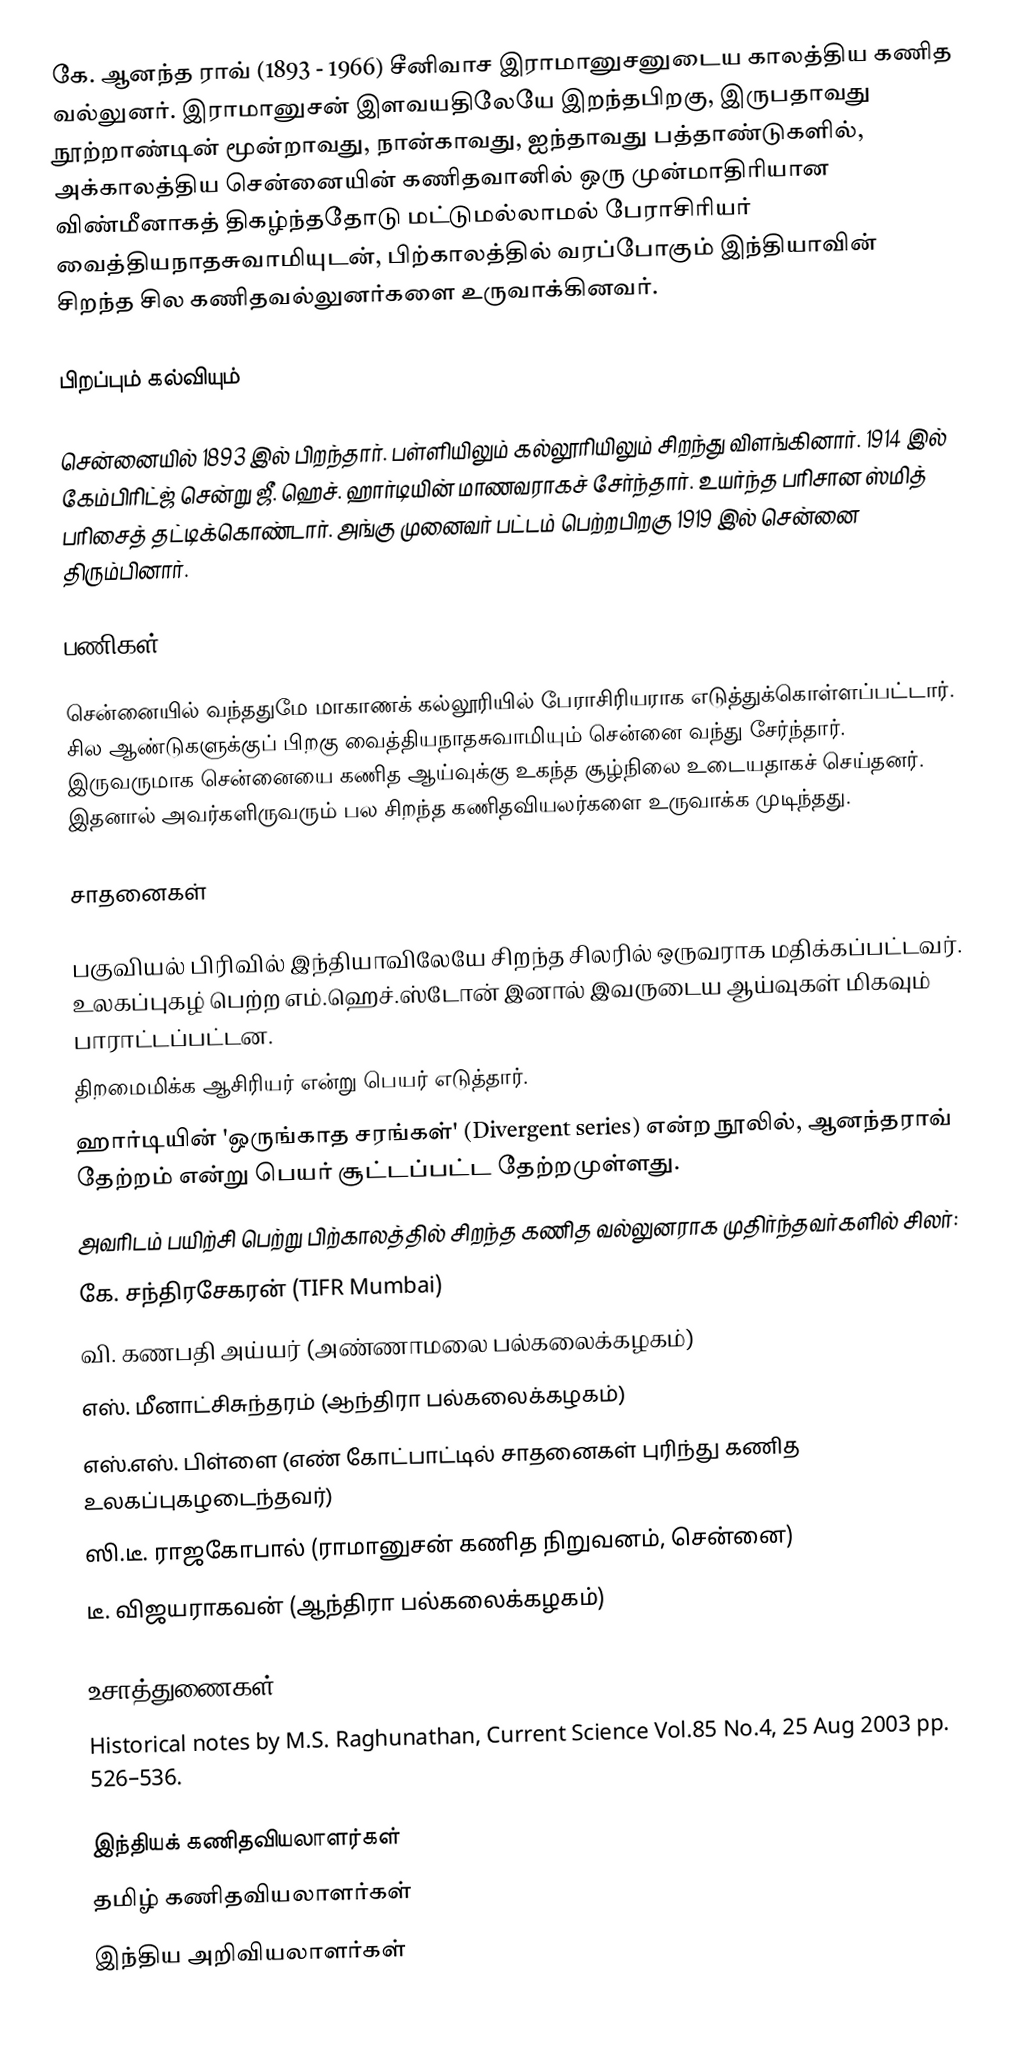
கே. ஆனந்த ராவ் (1893 - 1966) சீனிவாச இராமானுசனுடைய காலத்திய கணித வல்லுனர். இராமானுசன் இளவயதிலேயே இறந்தபிறகு, இருபதாவது நூற்றாண்டின் மூன்றாவது, நான்காவது, ஐந்தாவது பத்தாண்டுகளில்,  அக்காலத்திய சென்னையின் கணிதவானில் ஒரு முன்மாதிரியான விண்மீனாகத் திகழ்ந்ததோடு மட்டுமல்லாமல் பேராசிரியர் வைத்தியநாதசுவாமியுடன், பிற்காலத்தில் வரப்போகும் இந்தியாவின் சிறந்த சில கணிதவல்லுனர்களை உருவாக்கினவர்.

பிறப்பும் கல்வியும்

சென்னையில் 1893 இல் பிறந்தார். பள்ளியிலும் கல்லூரியிலும் சிறந்து விளங்கினார். 1914 இல் கேம்பிரிட்ஜ் சென்று ஜீ. ஹெச். ஹார்டியின் மாணவராகச் சேர்ந்தார். உயர்ந்த பரிசான ஸ்மித் பரிசைத் தட்டிக்கொண்டார். அங்கு முனைவர் பட்டம் பெற்றபிறகு 1919 இல் சென்னை திரும்பினார்.

பணிகள்

சென்னையில் வந்ததுமே மாகாணக் கல்லூரியில் பேராசிரியராக எடுத்துக்கொள்ளப்பட்டார். சில ஆண்டுகளுக்குப் பிறகு வைத்தியநாதசுவாமியும் சென்னை வந்து சேர்ந்தார். இருவருமாக சென்னையை கணித ஆய்வுக்கு உகந்த சூழ்நிலை உடையதாகச் செய்தனர். இதனால் அவர்களிருவரும் பல சிறந்த கணிதவியலர்களை உருவாக்க முடிந்தது.

சாதனைகள்

பகுவியல் பிரிவில் இந்தியாவிலேயே சிறந்த சிலரில் ஒருவராக மதிக்கப்பட்டவர். உலகப்புகழ் பெற்ற எம்.ஹெச்.ஸ்டோன் இனால் இவருடைய ஆய்வுகள் மிகவும் பாராட்டப்பட்டன.
திறமைமிக்க ஆசிரியர் என்று பெயர் எடுத்தார்.
ஹார்டியின் 'ஒருங்காத சரங்கள்' (Divergent series) என்ற நூலில், ஆனந்தராவ் தேற்றம் என்று பெயர் சூட்டப்பட்ட தேற்றமுள்ளது.
அவரிடம் பயிற்சி பெற்று பிற்காலத்தில் சிறந்த கணித வல்லுனராக முதிர்ந்தவர்களில் சிலர்:
கே. சந்திரசேகரன் (TIFR Mumbai)
வி. கணபதி அய்யர் (அண்ணாமலை பல்கலைக்கழகம்)
எஸ். மீனாட்சிசுந்தரம் (ஆந்திரா பல்கலைக்கழகம்)
எஸ்.எஸ். பிள்ளை (எண் கோட்பாட்டில் சாதனைகள் புரிந்து கணித உலகப்புகழடைந்தவர்)
ஸி.டீ. ராஜகோபால் (ராமானுசன் கணித நிறுவனம், சென்னை)
டீ. விஜயராகவன் (ஆந்திரா பல்கலைக்கழகம்)

உசாத்துணைகள்
Historical notes by M.S. Raghunathan, Current Science Vol.85 No.4, 25 Aug 2003 pp. 526–536.

இந்தியக் கணிதவியலாளர்கள்
தமிழ் கணிதவியலாளர்கள்
இந்திய அறிவியலாளர்கள்